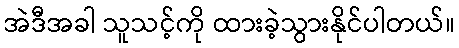
အဲဒီအခါ သူသင့်ကို ထားခဲ့သွားနိုင်ပါတယ်။